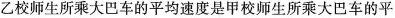
乙校师生所乘大巴车的平均速度是甲校师生所乘大巴车的平